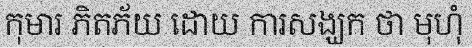
កុមារ ភិតភ័យ ដោយ ការសង្ឃក ថា មុហុំ